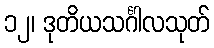
၁၂၊ ဒုတိယသင်္ဂါလသုတ်